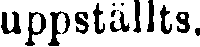
uppställts.